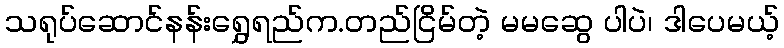
သရုပ်ဆောင်နန်းရွှေရည်က.တည်ငြိမ်တဲ့ မမဆွေ ပါပဲ၊ ဒါပေမယ့်